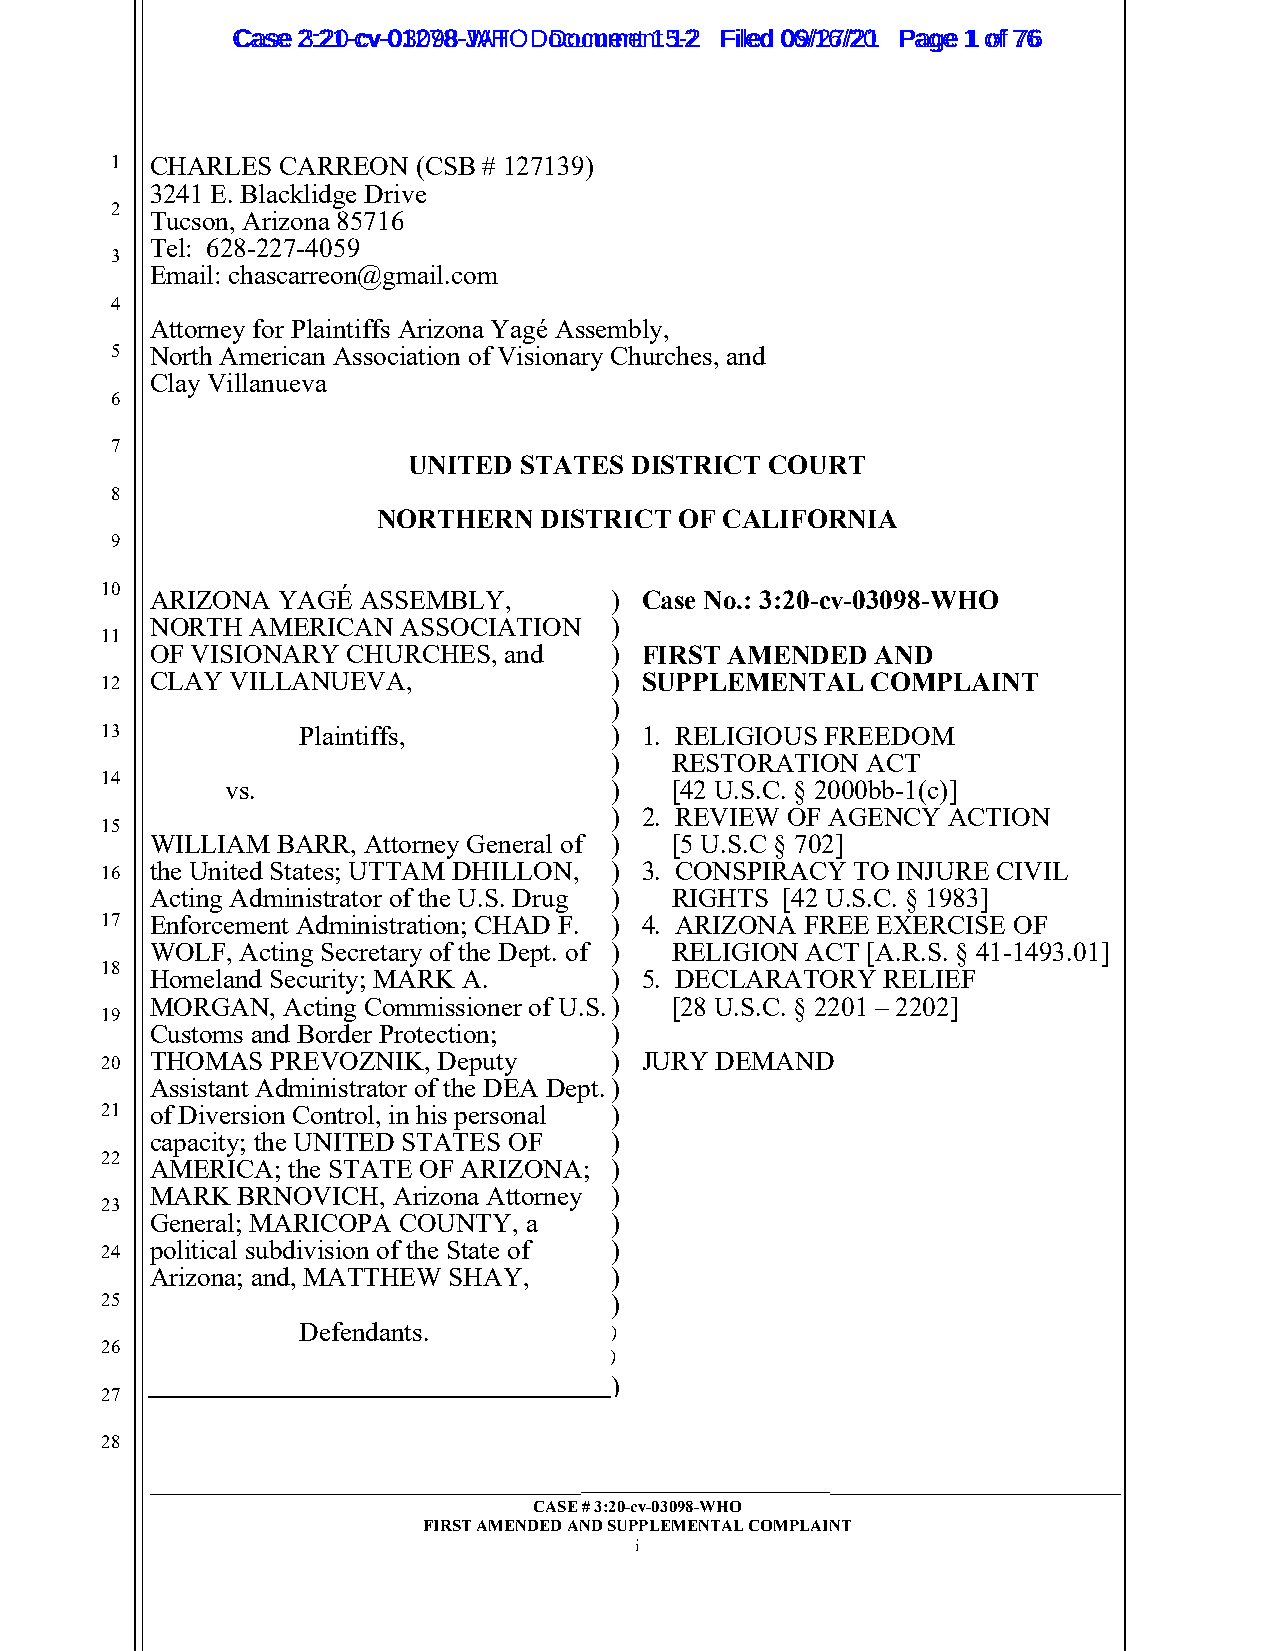
CCaassee 23::2210--ccvv--0013207988--JWAHT O D oDcoucmumenetn 1t 51-22 FFiilleedd 0069//1267//2201 PPaaggee 11 ooff 7766
 1  CHARLES  CARREON  (CSB # 127139)
 3241 E. Blacklidge Drive
 2
 Tucson, Arizona 85716
 Tel: 628-227-4059
 3
 Email: chascarreon@gmail.com
 4
 Attorney for Plaintiffs Arizona Yagé Assembly,
 5  North American Association of Visionary Churches, and
 Clay Villanueva
 6
 7
 UNITED STATES  DISTRICT COURT
 8
 NORTHERN   DISTRICT OF CALIFORNIA
 9
 10
 ARIZONA YAGÉ  ASSEMBLY,       ) Case No.: 3:20-cv-03098-WHO
 NORTH  AMERICAN  ASSOCIATION  )
 11
 OF VISIONARY CHURCHES, and    ) FIRST AMENDED   AND
 12 CLAY VILLANUEVA,              ) SUPPLEMENTAL    COMPLAINT
 )
 13           Plaintiffs,         ) 1. RELIGIOUS FREEDOM
 )   RESTORATION  ACT
 14
 vs.                      )   [42 U.S.C. § 2000bb-1(c)]
 ) 2. REVIEW OF AGENCY  ACTION
 15
 WILLIAM BARR, Attorney General of ) [5 U.S.C § 702]
 16 the United States; UTTAM DHILLON, ) 3. CONSPIRACY TO INJURE CIVIL
 Acting Administrator of the U.S. Drug ) RIGHTS [42 U.S.C. § 1983]
 17 Enforcement Administration; CHAD F. ) 4. ARIZONA FREE EXERCISE OF
 WOLF, Acting Secretary of the Dept. of ) RELIGION ACT [A.R.S. § 41-1493.01]
 18
 Homeland Security; MARK A.    ) 5. DECLARATORY   RELIEF
 MORGAN,  Acting Commissioner of U.S. ) [28 U.S.C. § 2201 – 2202]
 19
 Customs and Border Protection; )
 20 THOMAS  PREVOZNIK, Deputy     ) JURY DEMAND
 Assistant Administrator of the DEA Dept. )
 21 of Diversion Control, in his personal )
 capacity; the UNITED STATES OF )
 22
 AMERICA; the STATE OF ARIZONA; )
 MARK  BRNOVICH, Arizona Attorney )
 23
 General; MARICOPA COUNTY, a   )
 24 political subdivision of the State of )
 Arizona; and, MATTHEW SHAY,   )
 25                               )
 Defendants.
 26
 )
 27
 28
 ______________________________________________ _______________________________
 CASE # 3:20-cv-03098-WHO
 FIRST AMENDED AND SUPPLEMENTAL COMPLAINT
 i